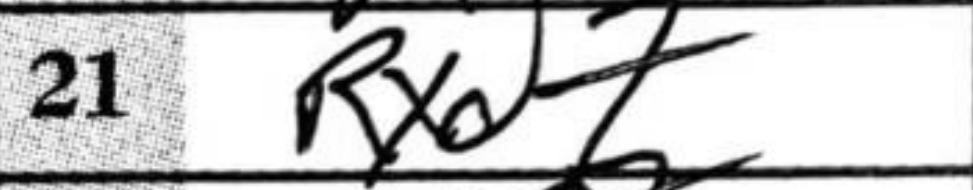
Transcription: Rxd7